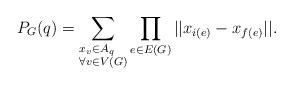
LaTeX: \begin{align*} P_G (q) = \sum_{\begin{subarray}{e} x_v \in A_q \\ \forall v \in V(G)\end{subarray} } \prod_{e\in E(G)} || x_{i(e)} - x_{f(e)}||.\end{align*}